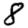
Digit: 8